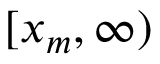
[ x _ { m } , \infty )